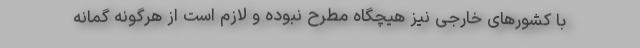
با کشور‌های خارجی نیز هیچگاه مطرح نبوده و لازم است از هرگونه گمانه